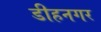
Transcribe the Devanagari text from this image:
डीहनगर